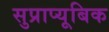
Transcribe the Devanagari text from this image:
सुप्राप्यूबिक